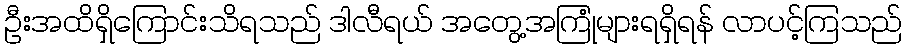
ဦးအထိရှိကြောင်းသိရသည် ဒါလီရယ် အတွေ့အကြုံများရရှိရန် လာပင့်ကြသည်